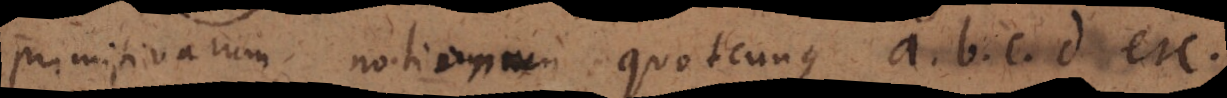
primitivarum notionum quotcunque a. b. c. d etc.